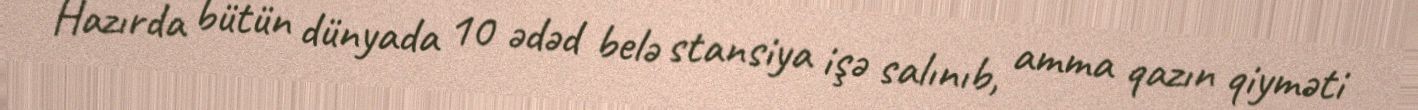
Hazırda bütün dünyada 10 ədəd belə stansiya işə salınıb, amma qazın qiyməti